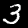
Label: 3